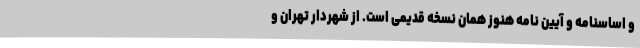
و اساسنامه و آیین نامه هنوز همان نسخه قدیمی است. از شهردار تهران و